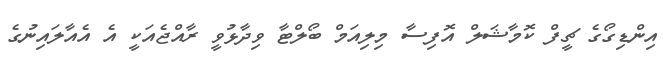
އިންޑިގޯގެ ޗީފް ކޮމާޝަލް އޮފިސާ މިލިއަމް ބޯލްޓާ ވިދާޅުވީ ރާއްޖެއަކީ އެ އެއާލައިނުގެ